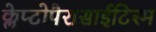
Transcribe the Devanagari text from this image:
क्लेप्टोपैरासाईटिस्म